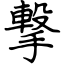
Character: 撃